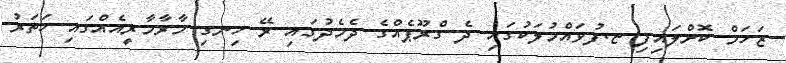
ޒަހަމް ކޮށްލައިފި ޏ.ފުވައްމުލަކުގައި ދެ ގްރޫޕެއްގެ ދެމެދުގައި ރޭ ހިނގި މާރާމާރީއެއްގައި ހަތަރު